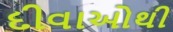
દીવાઓથી